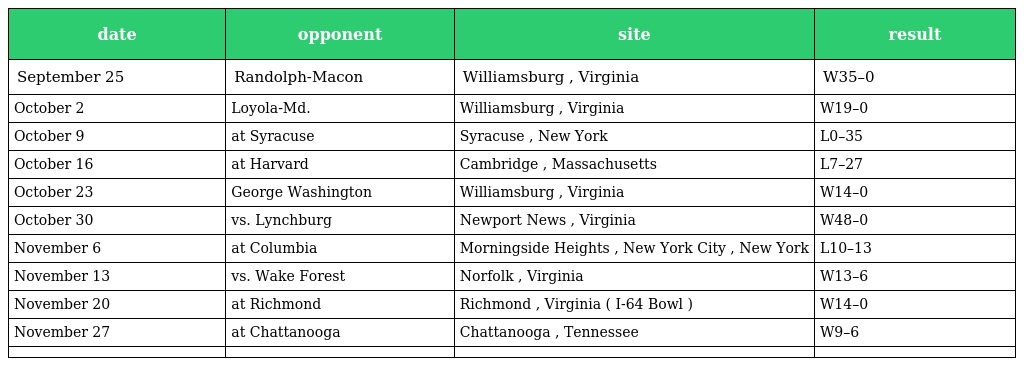
| date | opponent | site | result |
 | --- | --- | --- | --- |
 | September 25 | Randolph-Macon | Williamsburg , Virginia | W35–0 |
 | October 2 | Loyola-Md. | Williamsburg , Virginia | W19–0 |
 | October 9 | at Syracuse | Syracuse , New York | L0–35 |
 | October 16 | at Harvard | Cambridge , Massachusetts | L7–27 |
 | October 23 | George Washington | Williamsburg , Virginia | W14–0 |
 | October 30 | vs. Lynchburg | Newport News , Virginia | W48–0 |
 | November 6 | at Columbia | Morningside Heights , New York City , New York | L10–13 |
 | November 13 | vs. Wake Forest | Norfolk , Virginia | W13–6 |
 | November 20 | at Richmond | Richmond , Virginia ( I-64 Bowl ) | W14–0 |
 | November 27 | at Chattanooga | Chattanooga , Tennessee | W9–6 |
 |  |  |  |  |